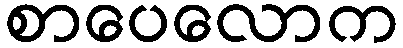
စာပေလောက